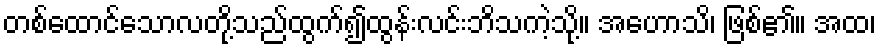
တစ်ထောင်သောလတို့သည်ထွက်၍ထွန်းလင်းဘိသကဲ့သို့။ အဟောသိ၊ ဖြစ်၏။ အထ၊